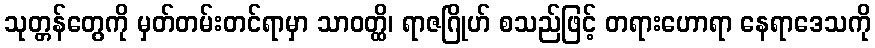
သုတ္တန်တွေကို မှတ်တမ်းတင်ရာမှာ သာဝတ္ထိ၊ ရာဇဂြိုဟ် စသည်ဖြင့် တရားဟောရာ နေရာဒေသကို